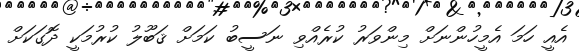
އެއީ ހަމަ އެމީހުންނަށް މިންވަރު ކުރެއްވި ނަސީބު ކަމަށް ޤަބޫލު ކުރުމަކީ ދޮގަކަށް